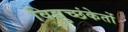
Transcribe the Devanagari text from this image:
विद्युच्छंकेतों